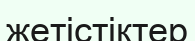
жетістіктер